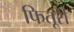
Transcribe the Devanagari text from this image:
फितूरी